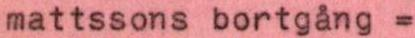
mattssons bortgång =